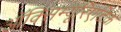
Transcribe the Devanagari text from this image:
ऑक्सिम्यूरिएटिक